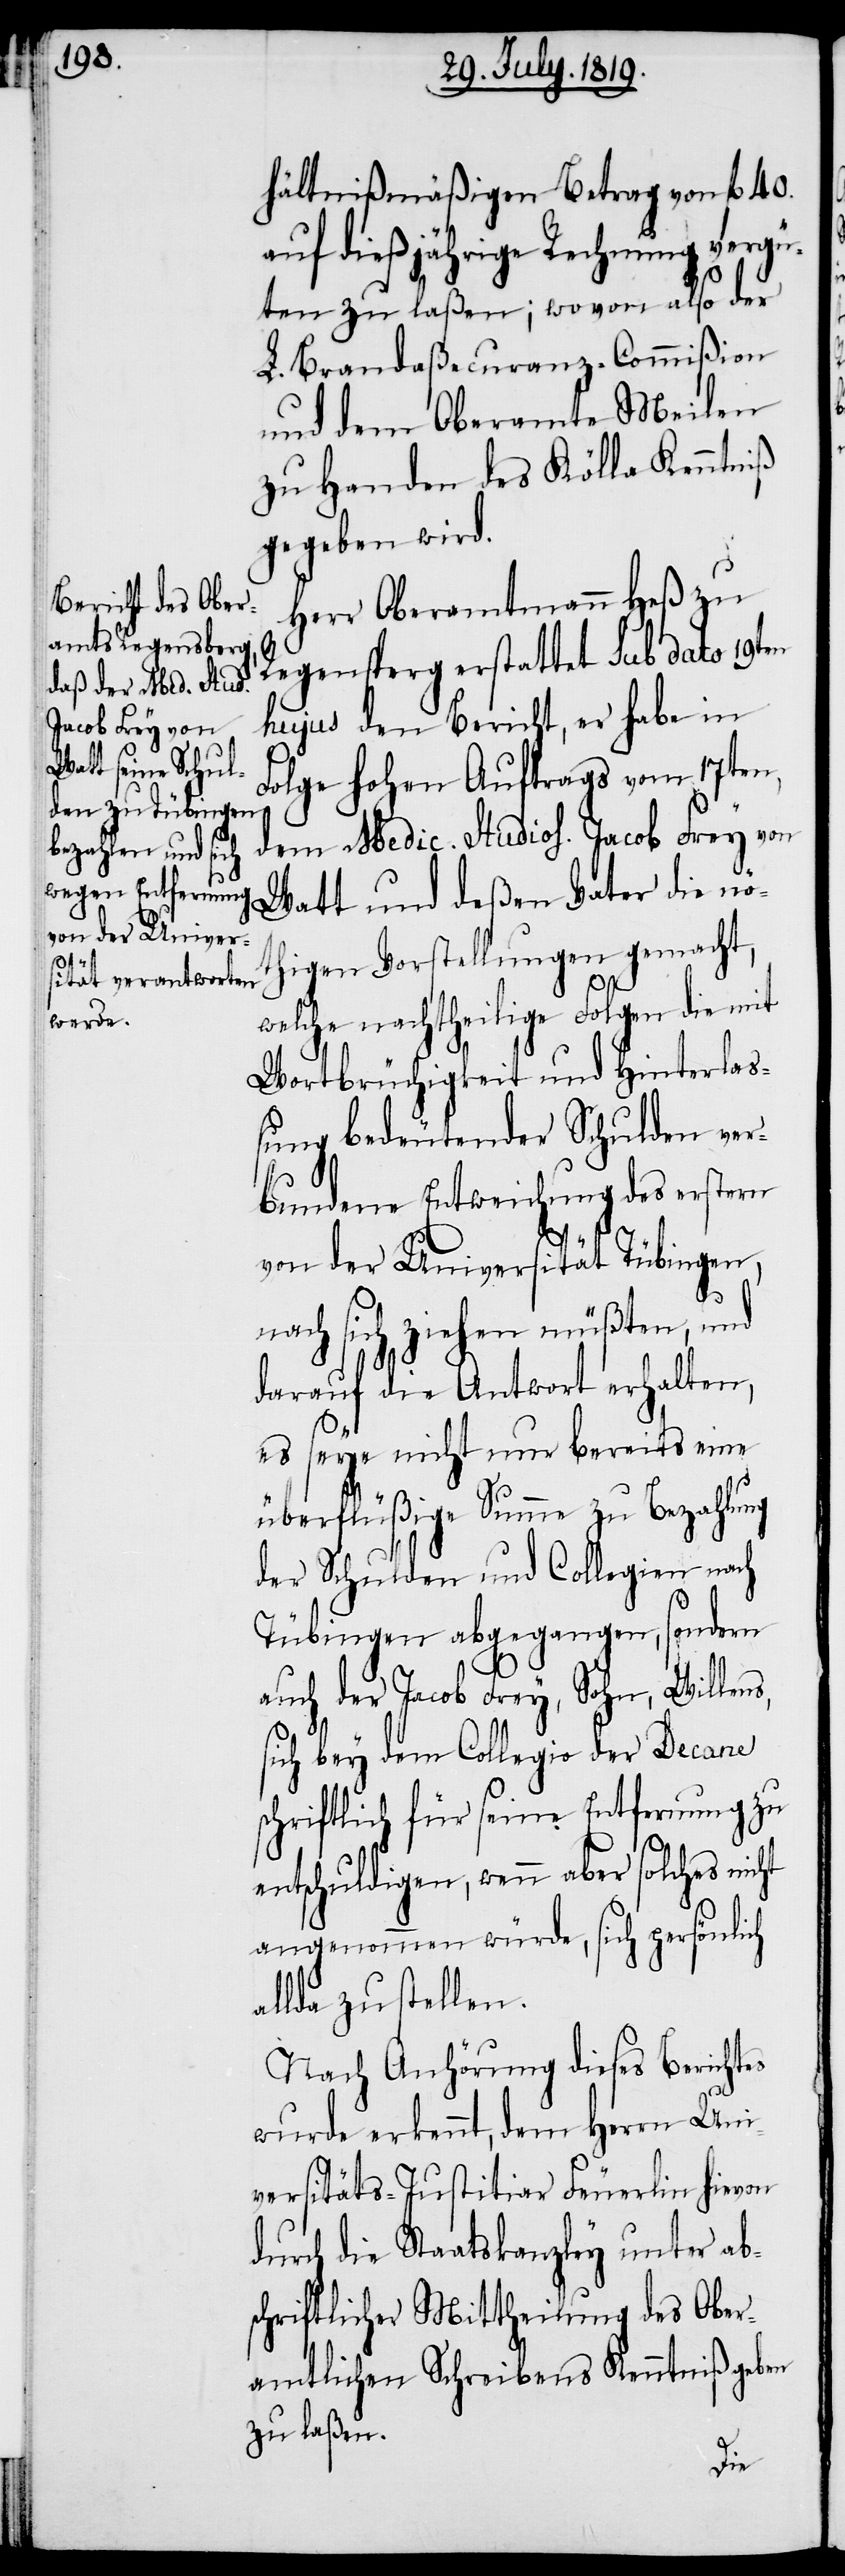
hältnißmäßigen Betrag von fl. 40.
auf dießjährige Rechnung vergü¬
ten zu laßen; wovon also der
L. Brandaßecuranz-Commißion
und dem Oberamte Meilen
zu Handen des Kölla Kenntniß
gegeben wird.
Herr Oberamtmann Heß zu
Regensperg erstattet sub dato 19ten
hujus den Bericht, er habe in
Folge hohen Auftrags vom 17ten,
dem Medic. Studios. Jacob Frey von
thigen Vorstellungen gemacht,
s,
welche nachtheilige Folgen die mit
Wortbrüchigkeit und Hinterlas¬
sung bedeutender Schulden ver¬
bundene Entweichung des erstern
von der Universität Tübingen,
nach sich ziehen müßten, und
darauf die Antwort erhalten,
es seye nicht nur bereits eine
überflüßige Summe zu Bezahlung
der Schulden und Collegien nach
Tübingen abgegangen, sondern
auch der Jacob Frey, Sohn, Willen¬
sich bey dem Collegio der Decane
schriftlich für seine Entfernung zu
entschuldigen, wenn aber solches nicht
angenommen würde, sich persönlich
allda zu stellen.
Nach Anhörung dieses Berichtes
wurde erkennt, dem Herrn Uni¬
versitäts-Justitiar Feuerlin hievon
durch die Staatskanzley unter ab¬
schriftlicher Mittheilung des Ober¬
amtlichen Schreibens Kenntniß geben
zu laßen.
die